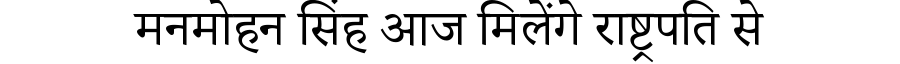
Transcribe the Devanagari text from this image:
मनमोहन सिंह आज मिलेंगे राष्ट्रपति से